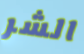
الشر